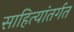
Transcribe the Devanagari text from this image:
साहित्यांतर्गत